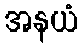
အနယံ